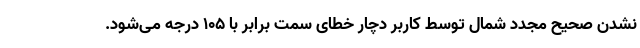
نشدن صحیح مجدد شمال توسط کاربر دچار خطای سمت برابر با ۱۰۵ درجه می‌شود.